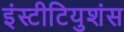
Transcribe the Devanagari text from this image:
इंस्टीटियुशंस